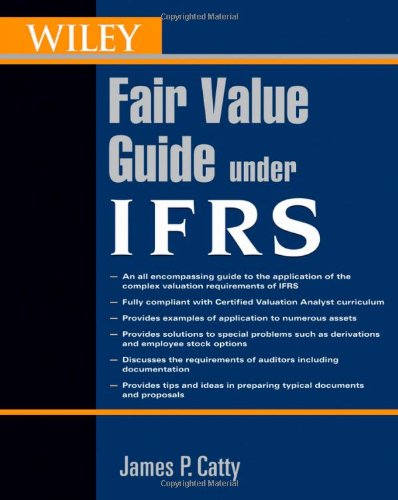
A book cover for Wiley Guide to Fair Value Under IFRS; James P. Catty; Test Preparation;